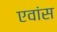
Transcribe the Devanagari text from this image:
एवांस